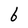
Character: b